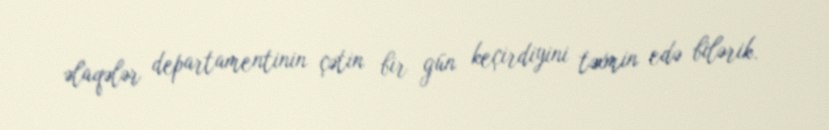
əlaqələr departamentinin çətin bir gün keçirdiyini təxmin edə bilərik.